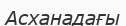
Асханадағы